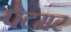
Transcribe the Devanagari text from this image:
पेटमट